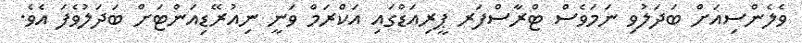
ވެލެންސިއަށް ބަދަލުވި ނަމަވެސް ޓްރާސްފަރ ޕީރިއަޑްގައި އަކްރަމް ވަނީ ނިއުރޭޑިއަންޓަށް ބަދަލުވެފަ އެވެ.